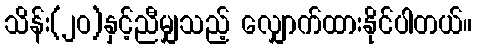
သိန်း(၂ဝ)နှင့်ညီမျှသည့် လျှောက်ထားနိုင်ပါတယ်။